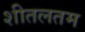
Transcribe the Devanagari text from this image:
शीतलतम